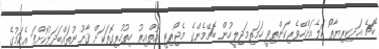
ބޮޗޭ އަދިކިރިޔާތޯ ކަލެއަށްހޭވެރިކަންތިވީ ހަމަތިމަޖިލީހުން ބޮޗޭމެންގެ މެޖޯރިޓީ އޮތްއިރު ހިތުހުރިގޮތަކަށް ޤާނޫނުތައްބަދަލުކޮށްފަ އެކަމުގެ